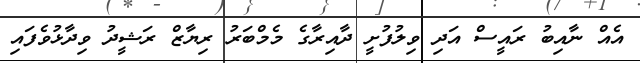
އެއް ނާއިބު ރައީސް އަދި ވިލުފުށީ ދާއިރާގެ މެމްބަރު ރިޔާޒް ރަޝީދު ވިދާޅުވެފައި